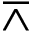
\barwedge